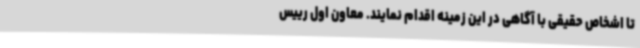
تا اشخاص حقیقی با آگاهی در این زمینه اقدام نمایند. معاون اول رییس